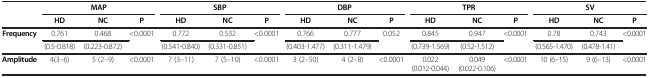
<table><thead><tr><td><b> </b></td><td colspan="3"><b>MAP</b></td><td colspan="3"><b>SBP</b></td><td colspan="3"><b>DBP</b></td><td colspan="3"><b>TPR</b></td><td colspan="3"><b>SV</b></td></tr><tr><td><b> </b></td><td><b>HD</b></td><td><b>NC</b></td><td><b>P</b></td><td><b>HD</b></td><td><b>NC</b></td><td><b>P</b></td><td><b>HD</b></td><td><b>NC</b></td><td><b>P</b></td><td><b>HD</b></td><td><b>NC</b></td><td><b>P</b></td><td><b>HD</b></td><td><b>NC</b></td><td><b>P</b></td></tr></thead><tbody><tr><td><b>Frequency</b></td><td>0.761</td><td>0.468</td><td>&lt;0.0001</td><td>0.772</td><td>0.532</td><td>&lt;0.0001</td><td>0.766</td><td>0.777</td><td>0.052</td><td>0.845</td><td>0.947</td><td>&lt;0.0001</td><td>0.78</td><td>0.743</td><td>&lt;0.0001</td></tr><tr><td> </td><td>(0.5-0.818)</td><td> </td><td> </td><td>(0.223-0.872)</td><td>(0.541-0.840)</td><td>(0.331-0.851)</td><td> </td><td>(0.403-1.477)</td><td>(0.311-1.479)</td><td> </td><td>(0.739-1.569)</td><td>(0.52-1.512)</td><td> </td><td>(0.565-1.470)</td><td>(0.478-1.41)</td><td> </td></tr><tr><td><b>Amplitude</b></td><td>4(3–6)</td><td>5 (2–9)</td><td>&lt;0.0001</td><td>7 (3–11)</td><td>7 (5–10)</td><td>&lt;0.0001</td><td>3 (2–50)</td><td>4 (2–8)</td><td>&lt;0.0001</td><td>0.022 (0.012-0.044)</td><td>0.049 (0.022-0.106)</td><td>&lt;0.0001</td><td>10 (6–15)</td><td>9 (6–13)</td><td>&lt;0.0001</td><td> </td></tr></tbody></table>